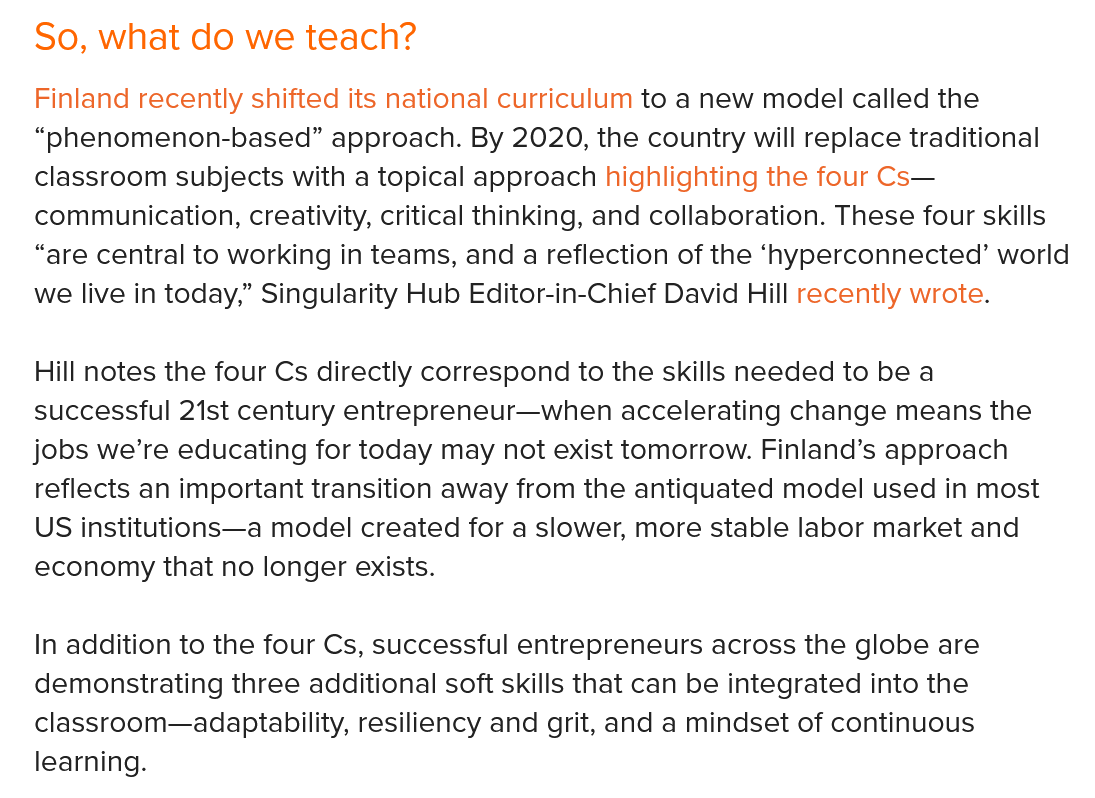
So,  what   do  we  teach?
   Finland recently shifted its national curriculum to a new model called the
   “phenomenon-based”    approach. By 2020, the country will replace traditional
   classroom subjects with a topical approach highlighting the four Cs—
   communication, creativity, critical thinking, and collaboration. These four skills
   “are central to working in teams, and a reflection of the ‘hyperconnected’ world
   we live in today,” Singularity Hub Editor-in-Chief David Hill recently wrote.
   Hill notes the four Cs directly correspond to the skills needed to be a
   successful 21st century entrepreneur—when accelerating change  means the
   jobs we’re educating for today may not exist tomorrow. Finland’s approach
   reflects an important transition away from the antiquated model used in most
   US  institutions—a model created for a slower, more stable labor market and
   economy that  no longer exists.
   In addition to the four Cs, successful entrepreneurs across the globe are
   demonstrating three additional soft skills that can be integrated into the
   classroom—adaptability, resiliency and grit, and a mindset of continuous
   learning.